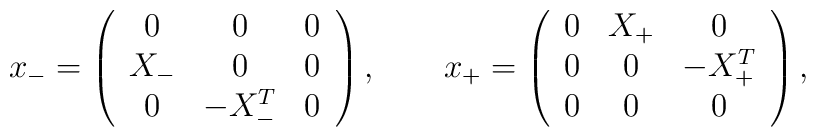
x_- = \left( \begin{array}{ccc}0 & 0 & 0 \\X_- & 0 & 0 \\0 & -X_-^T & 0\end{array} \right), \qquad x_+ = \left( \begin{array}{ccc}0 & X_+ & 0 \\0 & 0 & -X_+^T \\0 & 0 & 0\end{array} \right),